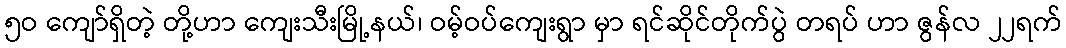
၅ဝ ကျော်ရှိတဲ့ တို့ဟာ ကျေးသီးမြို့နယ်၊ ဝမ့်ဝပ်ကျေးရွာ မှာ ရင်ဆိုင်တိုက်ပွဲ တရပ် ဟာ ဇွန်လ ၂၂ရက်